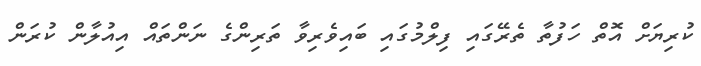
ކުރިޔަށް އޮތް ހަފުތާ ތެރޭގައި ފިލްމުގައި ބައިވެރިވާ ތަރިންގެ ނަންތައް އިއުލާން ކުރަން